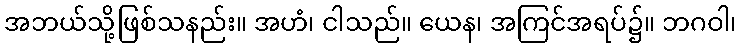
အဘယ်သို့ဖြစ်သနည်း။ အဟံ၊ ငါသည်။ ယေန၊ အကြင်အရပ်၌။ ဘဂဝါ၊